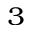
_ 3